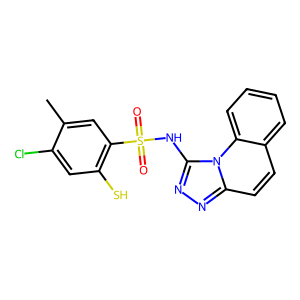
SMILES: Cc1cc(S(=O)(=O)Nc2nnc3ccc4ccccc4n23)c(S)cc1Cl
Inhibits HIV replication: No